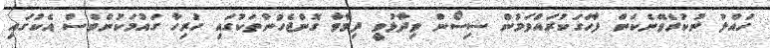
ހައްލު ނުކުރެވޭނެކަން ފާހަގަކުރައްވަމުން ސިސޯން ވިދާޅުވީ ދިމާވާ ގޮންޖެހުންތަކުގައި ހުރިހާ ގައުމަކުންވެސް އެކުގައި